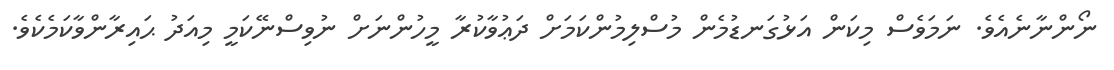
ނޯންނާނެއެވެ. ނަމަވެސް މިކަން އަޅުގަނޑުމެން މުސްލިމުންކަމަށް ދަޢުވާކުރާ މީހުންނަށް ނުވިސްނޭކަމީ މިއަދު ޙައިރާންވާކަމެކެވެ.